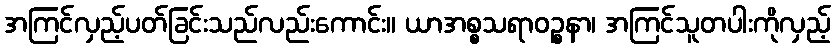
အကြင်လှည့်ပတ်ခြင်းသည်လည်းကောင်း။ ယာအစ္စသရာဝဉ္စနာ၊ အကြင်သူတပါးကိုလှည့်